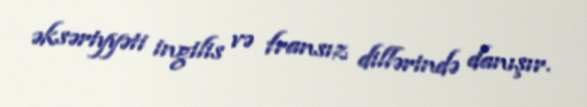
əksəriyyəti ingilis və fransız dillərində danışır.